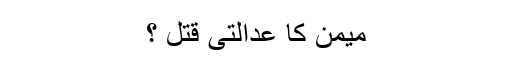
میمن کا عدالتی قتل ؟